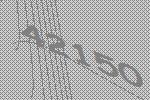
42150